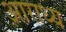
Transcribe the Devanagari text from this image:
अाराध्य